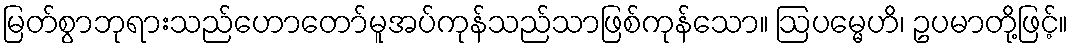
မြတ်စွာဘုရားသည်ဟောတော်မူအပ်ကုန်သည်သာဖြစ်ကုန်သော။ ဩပမ္မေဟိ၊ ဥပမာတို့ဖြင့်။